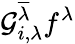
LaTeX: \mathcal{G}_{i,\lambda}^{\overline{{\lambda}}}f^{\lambda}